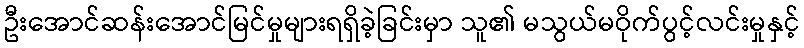
ဦးအောင်ဆန်းအောင်မြင်မှုများရရှိခဲ့ခြင်းမှာ သူ၏ မသွယ်မဝိုက်ပွင့်လင်းမှုနှင့်